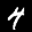
Label: 4